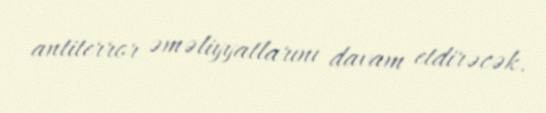
antiterror əməliyyatlarını davam etdirəcək.